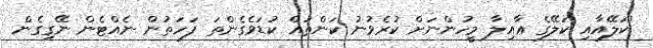
''ކަލޭއާއި ކަލޭގެ ޢާއިލާ މީހުންނަށް ކުރެވުނު ކަންތައް ކުޑަވެގެންތަ ފަހަތުން ނެއްޓެން ނޭގިގެން